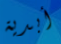
أبدية